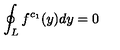
\oint _ { L } f ^ { c _ { 1 } } ( y ) d y = 0